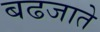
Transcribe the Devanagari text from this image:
बढजाते